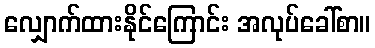
လျှောက်ထားနိုင်ကြောင်း အလုပ်ခေါ်စာ။